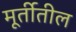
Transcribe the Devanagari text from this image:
मूर्तीतील